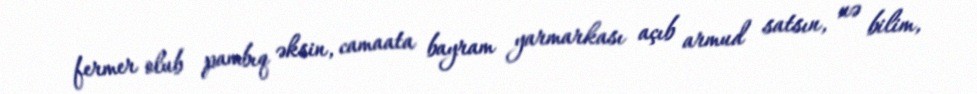
fermer olub pambıq əksin, camaata bayram yarmarkası açıb armud satsın, nə bilim,